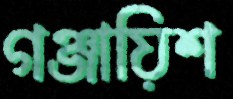
গঞ্জায়িশ